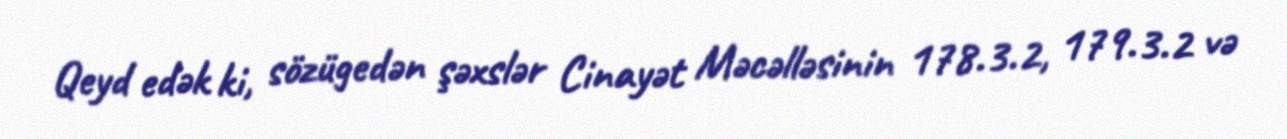
Qeyd edək ki, sözügedən şəxslər Cinayət Məcəlləsinin 178.3.2, 179.3.2 və